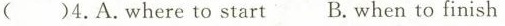
( )4.A.Where to start B. When to finish